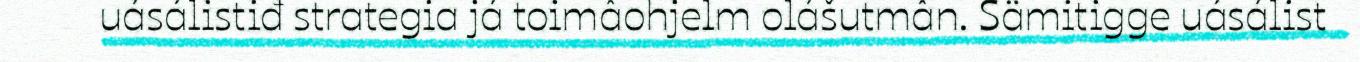
uásálistiđ strategia já toimâohjelm olášutmân. Sämitigge uásálist